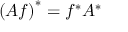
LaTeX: \left( A f \right) ^ { * } = f ^ { * } A ^ { * }